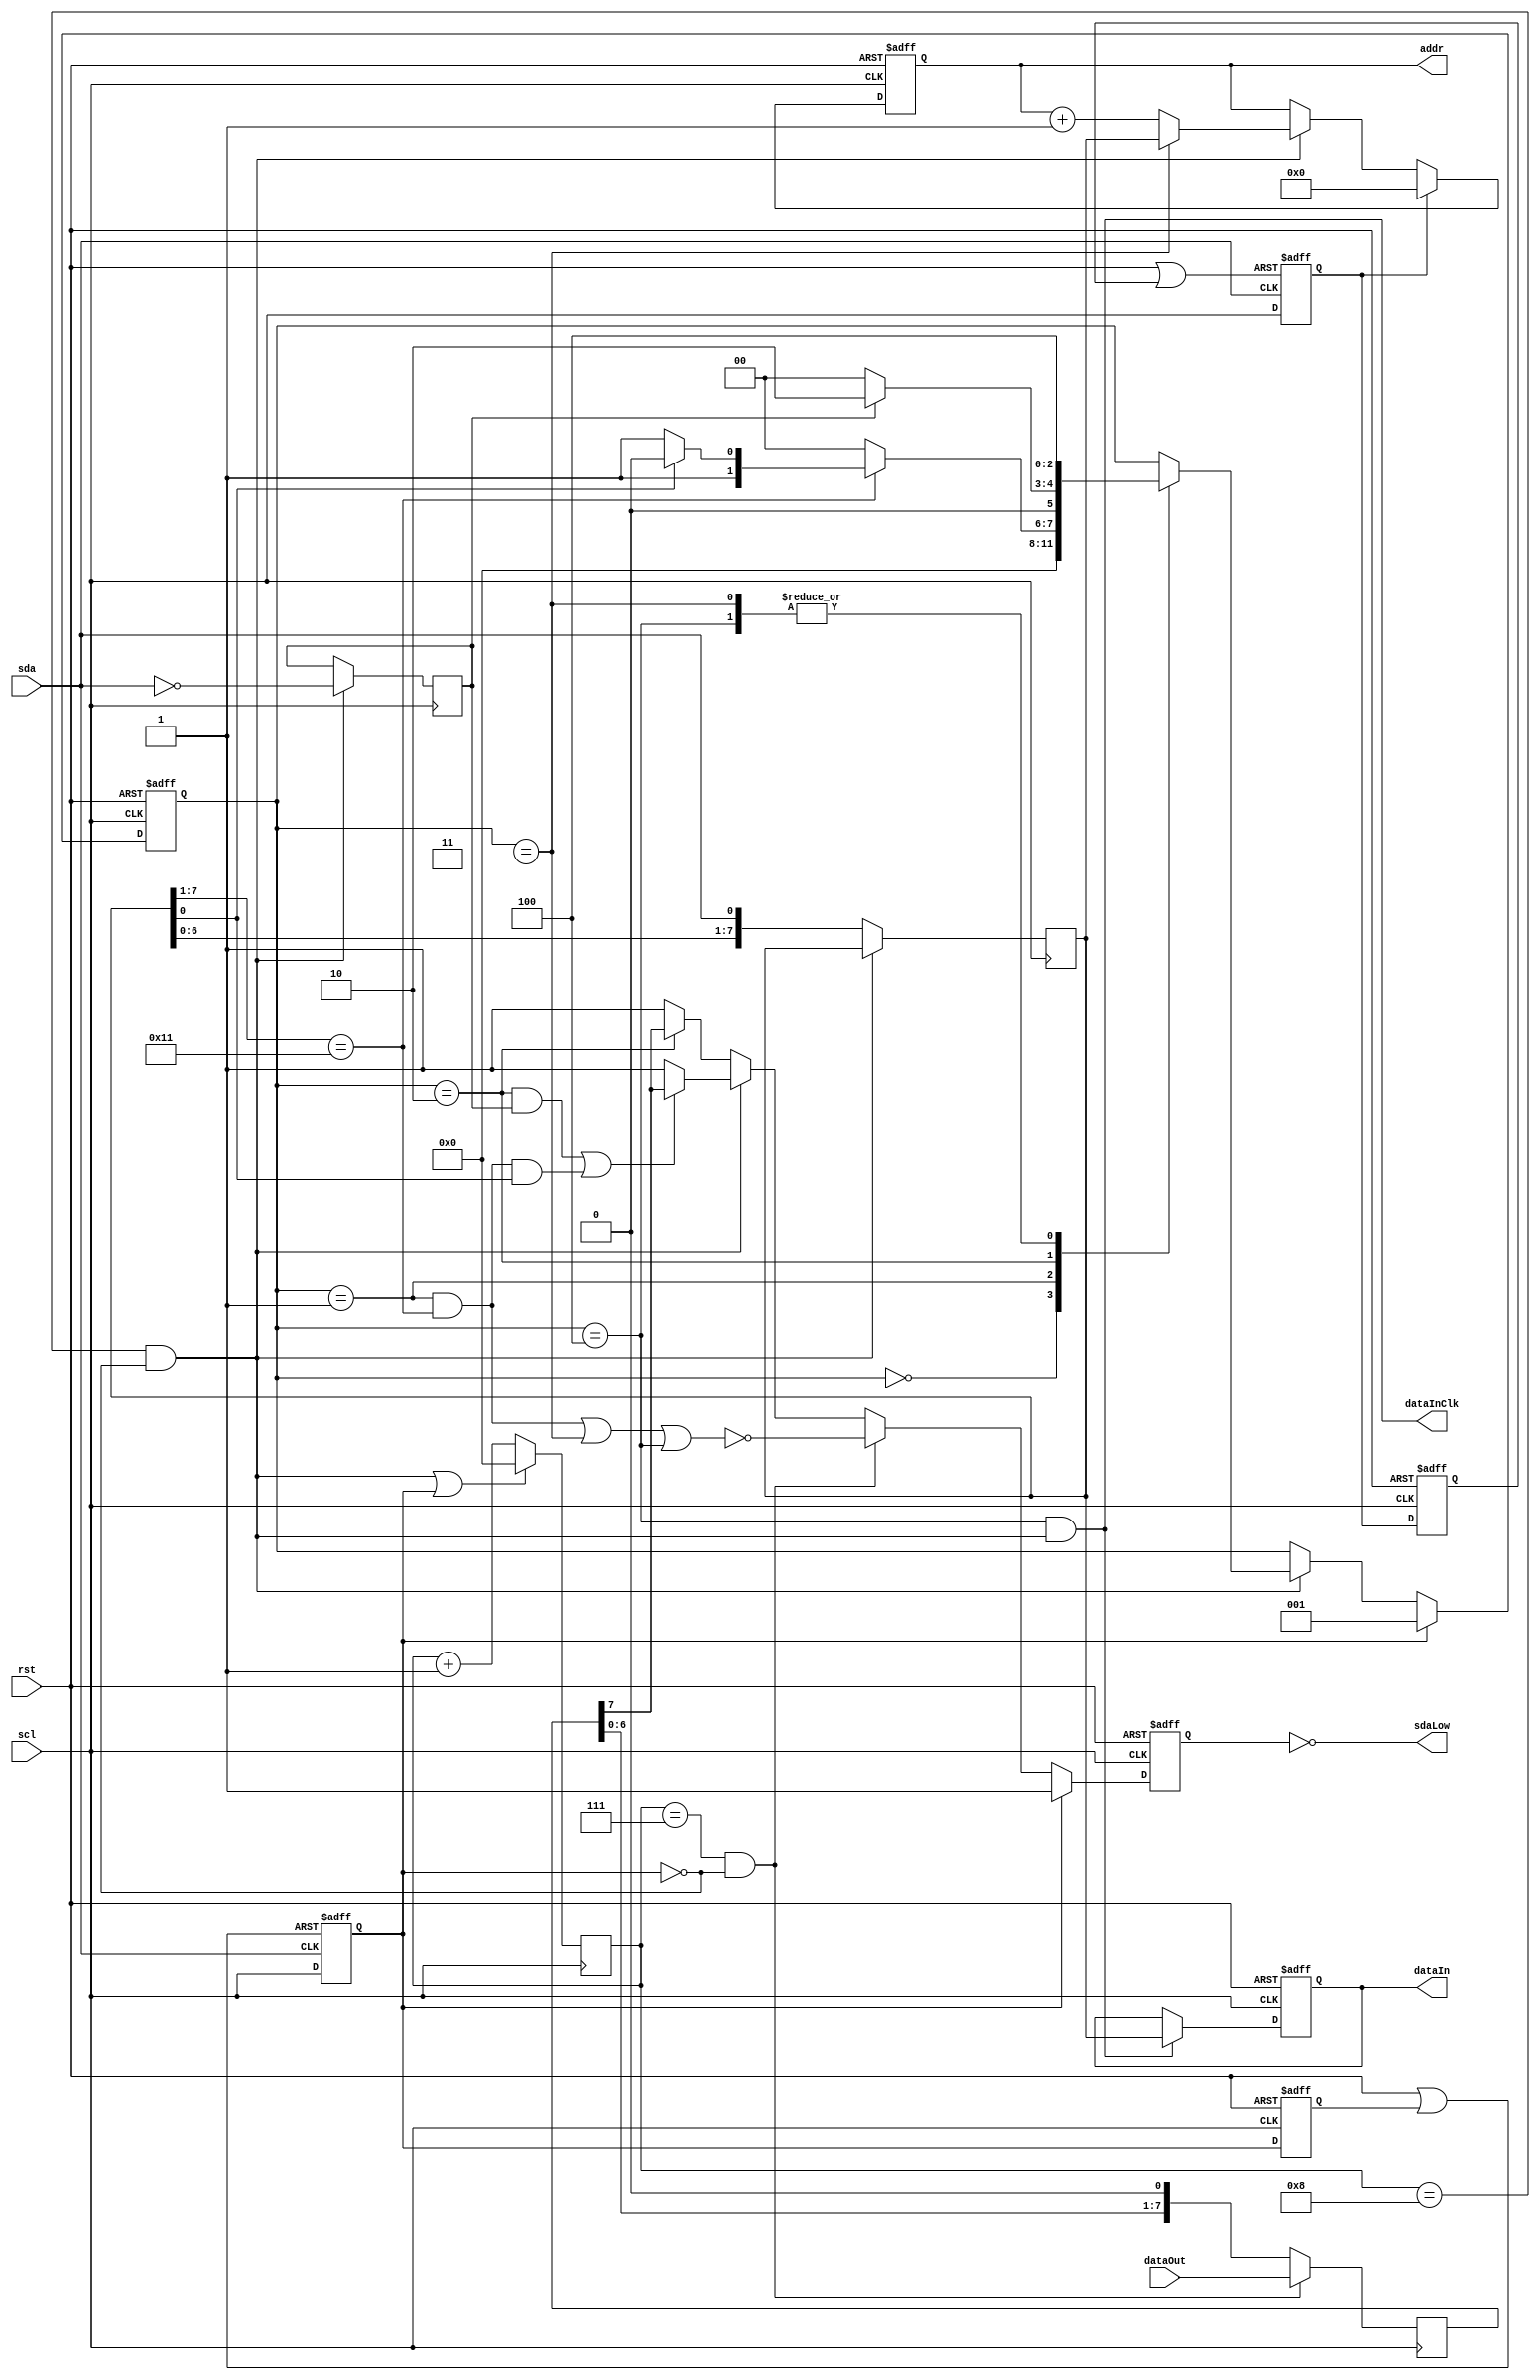
// Prescaler that slows down the incoming clock by a specified value
module twi_slave2(
		// Outside I/Os
		input scl,
		input sda,
		input rst,
		output sdaLow,

		// Internal wiring
		output [7:0] addr,
		output reg [7:0] dataIn,
		output dataInClk,
		input [7:0] dataOut 
	);
	parameter ADDR = 7'h11;

	// From: https://dlbeer.co.nz/articles/i2c.html

	// Start Detector
	reg  start_detect;
	reg  start_resetter;
	wire start_rst = rst | start_resetter;

	always @ (posedge start_rst or negedge sda)
	begin
		if (start_rst)
			start_detect <= 1'b0;
		else
			start_detect <= scl;
	end

	always @ (posedge rst or posedge scl)
	begin
		if (rst)
			start_resetter <= 1'b0;
		else
			start_resetter <= start_detect;
	end

	// Stop Detector
	reg             stop_detect;
	reg             stop_resetter;
	wire            stop_rst = rst | stop_resetter;

	always @ (posedge stop_rst or posedge sda)
	begin   
		if (stop_rst)
			stop_detect <= 1'b0;
		else
			stop_detect <= scl;
	end

	always @ (posedge rst or posedge scl)
	begin   
	if (rst)
		stop_resetter <= 1'b0;
	else
		stop_resetter <= stop_detect;
	end	 

	// Latched Inputs
	reg [3:0] bit_counter;

	wire lsb_bit = (bit_counter == 4'h7) && !start_detect;
	wire ack_bit = (bit_counter == 4'h8) && !start_detect;

	always @ (negedge scl)
	begin
        	if (ack_bit || start_detect)
               		bit_counter <= 4'h0;
        	else
                	bit_counter <= bit_counter + 4'h1;
	end

	reg [7:0] input_shift;
	wire address_detect = (input_shift[7:1] == ADDR);
	wire read_write_bit = input_shift[0];

	always @ (posedge scl)
        	if (!ack_bit)
                	input_shift <= {input_shift[6:0], sda};

	reg master_ack;
	always @ (posedge scl)
        	if (ack_bit)
                	master_ack <= ~sda;

        // State Machine
	parameter [2:0] STATE_IDLE      = 3'h0,
		STATE_DEV_ADDR  = 3'h1,
		STATE_READ      = 3'h2,
		STATE_IDX_PTR   = 3'h3,
		STATE_WRITE     = 3'h4;

	reg [2:0] state;
	wire  write_strobe = (state == STATE_WRITE) && ack_bit;

	always @ (posedge rst or negedge scl)
	begin
		if (rst)
			state <= STATE_IDLE;
		else if (start_detect)
			state <= STATE_DEV_ADDR;
		else if (ack_bit)
		begin
			case (state)
				STATE_IDLE:
					state <= STATE_IDLE;

				STATE_DEV_ADDR:
					if (!address_detect)
						state <= STATE_IDLE;
					else if (read_write_bit)
						state <= STATE_READ;
					else
						state <= STATE_IDX_PTR;

				STATE_READ:
					if (master_ack)
						state <= STATE_READ;
					else
						state <= STATE_IDLE;

				STATE_IDX_PTR:
					state <= STATE_WRITE;

				STATE_WRITE:
					state <= STATE_WRITE;
			endcase
		end
	end

 	// Register Transfers
	reg[7:0] index_pointer = 8'h0;
	assign addr = index_pointer;
	always @ (posedge rst or negedge scl)
	begin
		if (rst)
			index_pointer <= 8'h00;
		else if (stop_detect)
			index_pointer <= 8'h00;
		else if (ack_bit)
		begin
			if (state == STATE_IDX_PTR)
				index_pointer <= input_shift;
			else
				index_pointer <= index_pointer + 8'h01;
		end
	end

	always @ (posedge rst or negedge scl) // Register Writes
	begin
		if (rst)
			dataIn <= 8'h00;
		else if (write_strobe)
			dataIn <= input_shift;
	end

	assign dataInClk = write_strobe;

        reg [7:0] output_shift;

	always @ (negedge scl) begin // Register reads  
		if (lsb_bit) begin   
			output_shift <= dataOut;
		end
		else
			output_shift <= {output_shift[6:0], 1'b0};
	end

	// Output Driver
	reg output_control = 1'b1;
	assign sdaLow = !output_control;

	always @ (posedge rst or negedge scl)
	begin   
	if (rst)
		output_control <= 1'b1;
	else if (start_detect)
		output_control <= 1'b1;
	else if (lsb_bit)
	begin   
	output_control <=
		!(((state == STATE_DEV_ADDR) && address_detect) ||
		(state == STATE_IDX_PTR) ||
		(state == STATE_WRITE));
	end
	else if (ack_bit)
	begin
		// Deliver the first bit of the next slave-to-master
		// transfer, if applicable.
		if (((state == STATE_READ) && master_ack) ||
			((state == STATE_DEV_ADDR) &&
			address_detect && read_write_bit))
			output_control <= output_shift[7];
			else
				output_control <= 1'b1;
		end
		else if (state == STATE_READ)
			output_control <= output_shift[7];
		else
			output_control <= 1'b1;
	end

endmodule